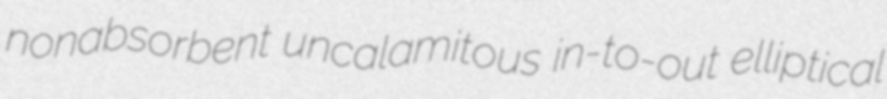
nonabsorbent uncalamitous in-to-out elliptical